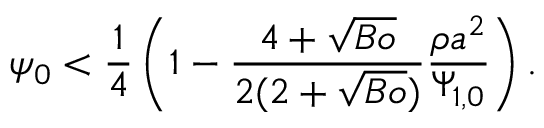
\psi _ { 0 } < \frac { 1 } { 4 } \left( 1 - \frac { 4 + \sqrt { B o } } { 2 ( 2 + \sqrt { B o } ) } \frac { \rho { a } ^ { 2 } } { \Psi _ { 1 , 0 } } \right) .